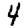
Digit: 4